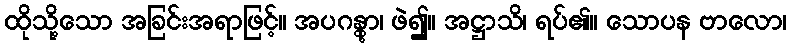
ထိုသို့သော အခြင်းအရာဖြင့်။ အပဂန္တွာ၊ ဖဲ၍။ အဋ္ဌာသိ၊ ရပ်၏။ သောပန ဗာလော၊